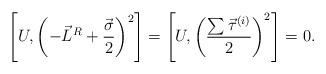
LaTeX: \begin{align*}\left[U, \left( -\vec{L}^R+\frac{\vec{\sigma}}{2} \right)^2 \right] = \left[U, \left(\frac{\sum \vec{\tau}^{(i)}}{2}\right)^2 \right]= 0.\end{align*}